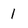
Character: I